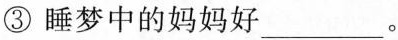
③睡梦中的妈妈好___。